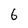
Character: 6